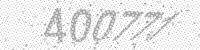
Solution: 400771